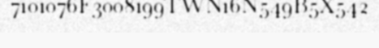
7101076F3008199TWN16N549B5X542